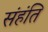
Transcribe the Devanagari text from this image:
संहंति